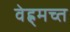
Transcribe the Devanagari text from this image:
वेह्र्मच्त